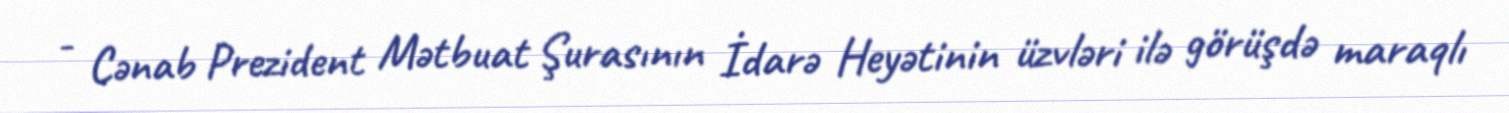
- Cənab Prezident Mətbuat Şurasının İdarə Heyətinin üzvləri ilə görüşdə maraqlı